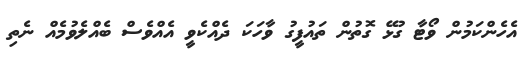
އެހެންކަމުން ވޯޓާ ގުޅޭ ގޮތުން ތައުފީގު ވާހަކަ ދެއްކެވީ އެއްވެސް ބެއްލެވުމެއް ނެތި